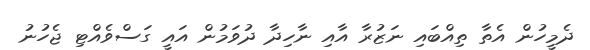
ދެމީހުން އެތާ ތިއްބައި ނަޒުރާ އާއި ނާހިދާ ދުވަމުން އައީ ގަސްވެއްޓި ޖެހުނު